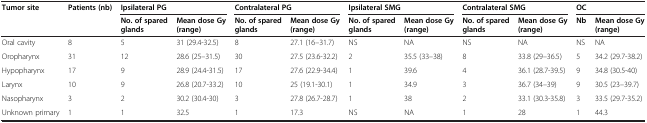
<table><thead><tr><td><b>Tumor site</b></td><td><b>Patients (nb)</b></td><td colspan="2"><b>Ipsilateral PG</b></td><td colspan="2"><b>Contralateral PG</b></td><td colspan="2"><b>Ipsilateral SMG</b></td><td colspan="2"><b>Contralateral SMG</b></td><td colspan="2"><b>OC</b></td></tr><tr><td><b> </b></td><td><b> </b></td><td><b>No. of spared glands</b></td><td><b>Mean dose Gy (range)</b></td><td><b>No. of spared glands</b></td><td><b>Mean dose Gy (range)</b></td><td><b>No. of spared glands</b></td><td><b>Mean dose Gy (range)</b></td><td><b>No. of spared glands</b></td><td><b>Mean dose Gy (range)</b></td><td><b>Nb</b></td><td><b>Mean dose Gy (range)</b></td></tr></thead><tbody><tr><td>Oral cavity</td><td>8</td><td>5</td><td>31 (29.4-32.5)</td><td>8</td><td>27.1 (16–31.7)</td><td>NS</td><td>NA</td><td>NS</td><td>NA</td><td>NS</td><td>NA</td></tr><tr><td>Oropharynx</td><td>31</td><td>12</td><td>28.6 (25–31.5)</td><td>30</td><td>27.5 (23.6-32.2)</td><td>2</td><td>35.5 (33–38)</td><td>8</td><td>33.8 (29–36.5)</td><td>5</td><td>34.2 (29.7-38.2)</td></tr><tr><td>Hypopharynx</td><td>17</td><td>9</td><td>28.9 (24.4-31.5)</td><td>17</td><td>27.6 (22.9-34.4)</td><td>1</td><td>39.6</td><td>4</td><td>36.1 (28.7-39.5)</td><td>9</td><td>34.8 (30.5-40)</td></tr><tr><td>Larynx</td><td>10</td><td>9</td><td>26.8 (20.7-33.2)</td><td>10</td><td>25 (19.1-30.1)</td><td>1</td><td>34.9</td><td>3</td><td>36.7 (34–39)</td><td>9</td><td>30.5 (23–39.7)</td></tr><tr><td>Nasopharynx</td><td>3</td><td>2</td><td>30.2 (30.4-30)</td><td>3</td><td>27.8 (26.7-28.7)</td><td>1</td><td>38</td><td>2</td><td>33.1 (30.3-35.8)</td><td>3</td><td>33.5 (29.7-35.2)</td></tr><tr><td>Unknown primary</td><td>1</td><td>1</td><td>32.5</td><td>1</td><td>17.3</td><td>NS</td><td>NA</td><td>1</td><td>28</td><td>1</td><td>44.3</td></tr></tbody></table>